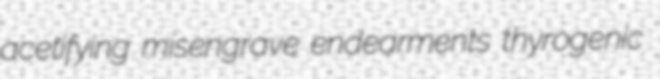
acetifying misengrave endearments thyrogenic